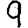
Digit: 9